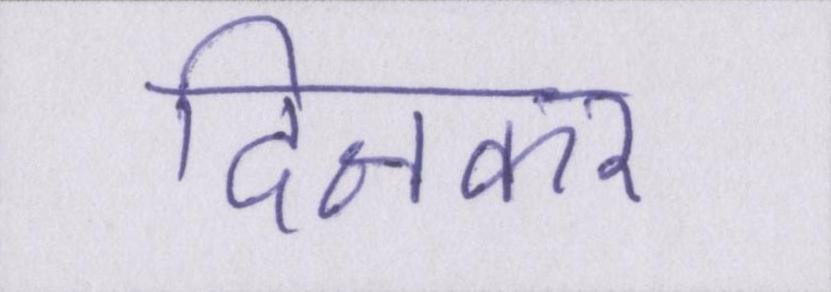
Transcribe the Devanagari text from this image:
दिनकर